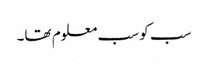
سب کو سب معلوم تھا۔